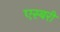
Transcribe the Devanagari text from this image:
एस्बरी